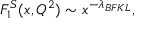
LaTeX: F _ { 1 } ^ { S } ( x , Q ^ { 2 } ) \sim x ^ { - \lambda _ { B F K L } } ,